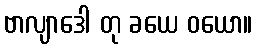
ဗာလျာဒေါ တု ခယေ ဝယော။